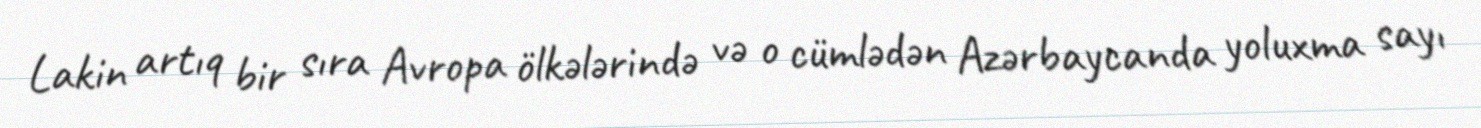
Lakin artıq bir sıra Avropa ölkələrində və o cümlədən Azərbaycanda yoluxma sayı